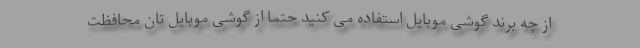
از چه برند گوشی موبایل استفاده می کنید حتما از گوشی موبایل تان محافظت